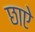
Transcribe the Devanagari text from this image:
छाऐ